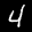
Label: 4